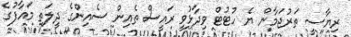
ރިޔާސީ ތަރުޖަމާން ޔެ ހުޓުޓް ވިދާޅުވީ ރައީސް ތެއިން ސެއިންގެ ދީލަތި މައާފުގެ